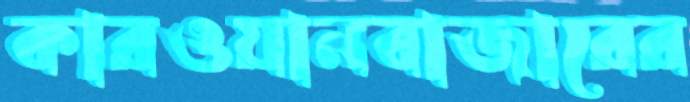
কারওয়ানবাজারের